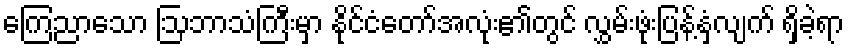
ကြေညာသော ဩဘာသံကြီးမှာ နိုင်ငံတော်အလုံး၏တွင် လွှမ်းဖုံးပြန့်နှံ့လျက် ရှိခဲ့ရာ